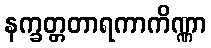
နက္ခတ္တတာရကာကိဏ္ဏာ